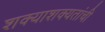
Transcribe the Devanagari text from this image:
शक्याशक्यतांची